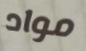
مواد